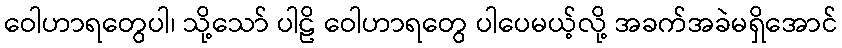
ဝေါဟာရတွေပါ၊ သို့သော် ပါဠိ ဝေါဟာရတွေ ပါပေမယ့်လို့ အခက်အခဲမရှိအောင်